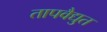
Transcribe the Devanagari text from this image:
तापवैद्युत